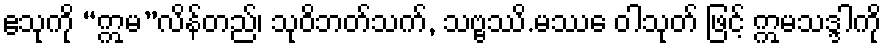
ဧသုကို “ဣမ”လိန်တည်၊ သုဝိဘတ်သက်, သဗ္ဗဿိ.မဿေ ဝါသုတ် ဖြင့် ဣမသဒ္ဒါကို